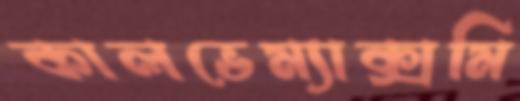
কালভেম্যাক্সমি